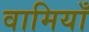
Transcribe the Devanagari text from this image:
वामियाँ